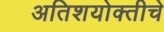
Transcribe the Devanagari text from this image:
अतिशयोक्तीचे